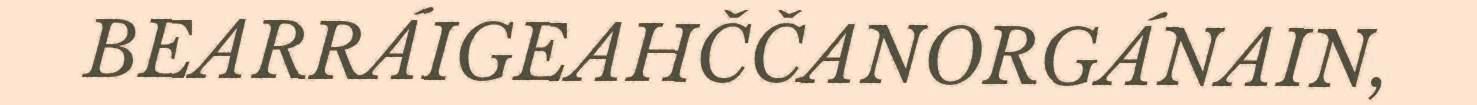
BEARRÁIGEAHČČANORGÁNAIN,